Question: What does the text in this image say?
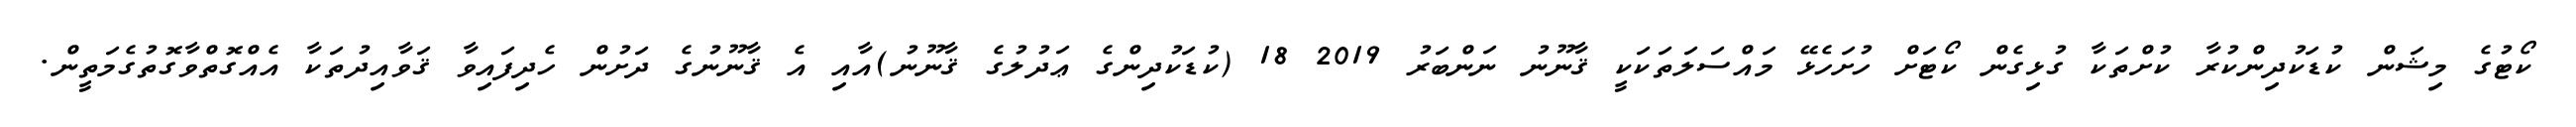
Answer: ކޯޓުގެ މިޝަން ކުޑަކުދިންކުރާ ކުށްތަކާ ގުޅިގެން ކޯޓަށް ހުށަހެޅޭ މައްސަލަތަކަކީ ޤާނޫނު ނަންބަރު 2019 18 (ކުޑަކުދިންގެ ޢަދުލުގެ ޤާނޫނު)އާއި އެ ޤާނޫނުގެ ދަށުން ހެދިފައިވާ ޤަވާއިދުތަކާ އެއްގޮތްވާގޮތުގެމަތީން.